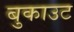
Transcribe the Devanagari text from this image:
बुकाउट